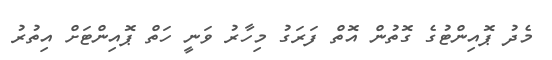
މެދު ޕޮއިންޓުގެ ގޮތުން އޮތް ފަރަގު މިހާރު ވަނީ ހަތް ޕޮއިންޓަށް އިތުރު